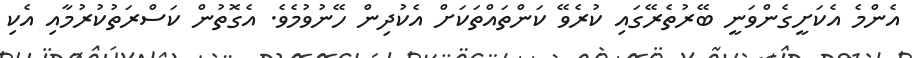
އެންމެ އެކަށީގެންވަނީ ބޭރުތެރޭގައި ކުރެވޭ ކަންތައްތަކަށް އެކުދިން ހޭނުވުމެވެ. އެގޮތުން ކަސްރަތުކުރުމާއި އެކި